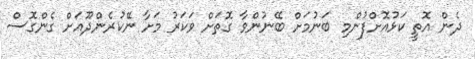
ދެން އޮތީ ކަޅުއޮށްފުންމި ބަނުމަށް ބޭނުންވާ ގޮތަށް ވަކަރު މަށާ ނޭކުރެންދޫއަށް ގެންގޮސް